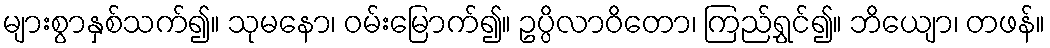
များစွာနှစ်သက်၍။ သုမနော၊ ဝမ်းမြောက်၍။ ဥပ္ပိလာဝိတော၊ ကြည်ရွှင်၍။ ဘိယျော၊ တဖန်။